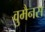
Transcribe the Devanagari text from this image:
वुमैनस